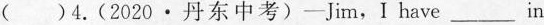
()4.(2020·丹东中考)-Jim,I have___in